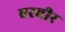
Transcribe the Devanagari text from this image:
वरवीर